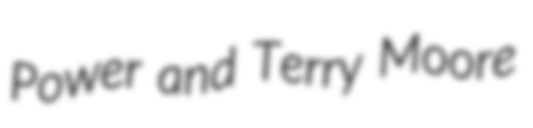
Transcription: Power and Terry Moore